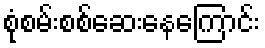
စုံစမ်းစစ်ဆေးနေကြောင်း